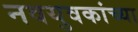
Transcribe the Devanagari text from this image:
नवयुवकांच्या